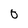
Character: O